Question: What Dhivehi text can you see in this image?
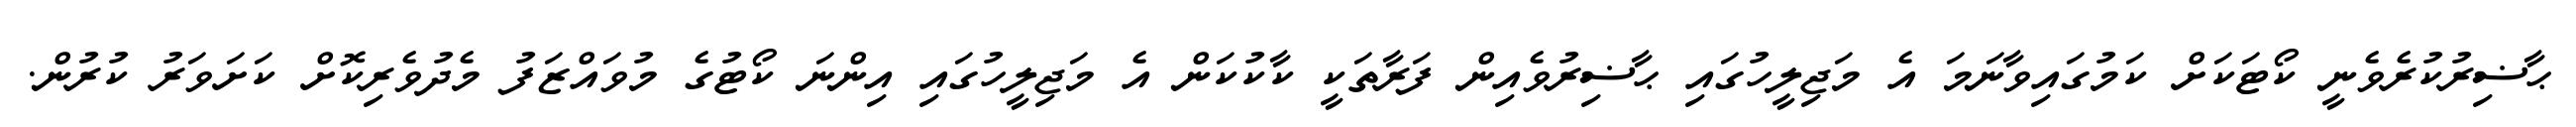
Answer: ޙާޟިރުކުރެވެނީ ކޯޓަކަށް ކަމުގައިވާނަމަ އެ މަޖިލީހުގައި ޙާޟިރުވެއިން ފަރާތަކީ ކާކުކަން އެ މަޖިލީހުގައި އިންނަ ކޯޓުގެ މުވައްޒަފު މެދުވެރިކޮށް ކަށަވަރު ކުރުން.